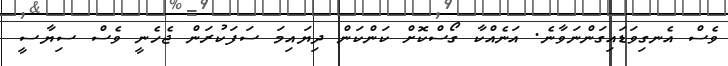
ވެސް އެނގިވަޑައިގަންނަވާނެ. އަނެއްކާ ގޯސްކޮށް ކަންކަން ދިޔައިމަ ސަފަކުރަން ޖެހެނީ ވެސް ސިޔާސީ